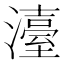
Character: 𤁅